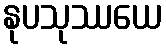
နုပသုဿယေ